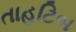
તાહટિબ